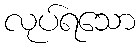
လုပ်ရသော